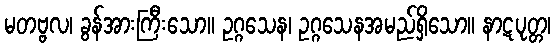
မတဗ္ဗလ၊ ခွန်အားကြီးသော။ ဥဂ္ဂသေန၊ ဥဂ္ဂသေနအမည်ရှိသော။ နာဋပုတ္တ၊